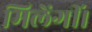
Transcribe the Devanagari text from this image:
मिलेंगीं।